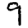
Digit: 9